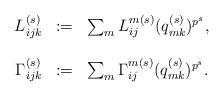
LaTeX: \begin{align*}\begin{array}{rcl}L_{ijk}^{(s)} & := & \sum_m L_{ij}^{m(s)}(q_{mk}^{(s)})^{p^s},\\\ & \ & \ \\\Gamma_{ijk}^{(s)} & := & \sum_m \Gamma_{ij}^{m(s)} (q_{mk}^{(s)})^{p^s}.\end{array}\end{align*}